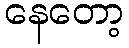
နေတော့